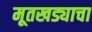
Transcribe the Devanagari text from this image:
मूतखड्याचा